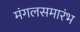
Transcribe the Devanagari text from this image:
मंगलसमारंभ